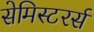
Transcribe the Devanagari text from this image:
सेमिस्टरर्स